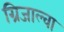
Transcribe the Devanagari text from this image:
ग्रिजाल्वा